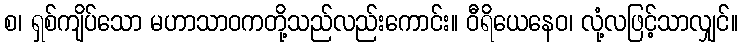
စ၊ ရှစ်ကျိပ်သော မဟာသာဝကတို့သည်လည်းကောင်း။ ဝီရိယေနေဝ၊ လုံ့လဖြင့်သာလျှင်။